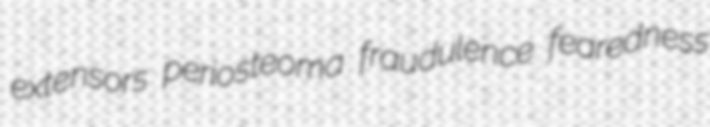
extensors periosteoma fraudulence fearedness